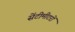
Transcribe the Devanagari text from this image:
सेंटीमीटरों